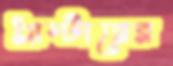
প্লাস্টারের